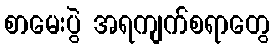
စာမေးပွဲ အရကျက်စရာတွေ